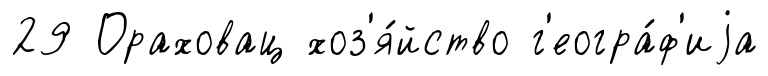
29 Ораховац хоз'я́йство г'еогра́ф'иjа